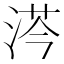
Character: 𣷏